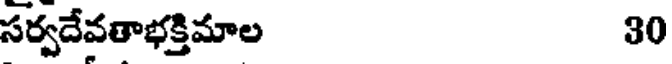
సర్వదేవతాభక్తిమాల 30